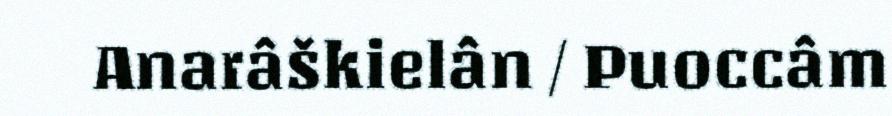
Anarâškielân / Puoccâm